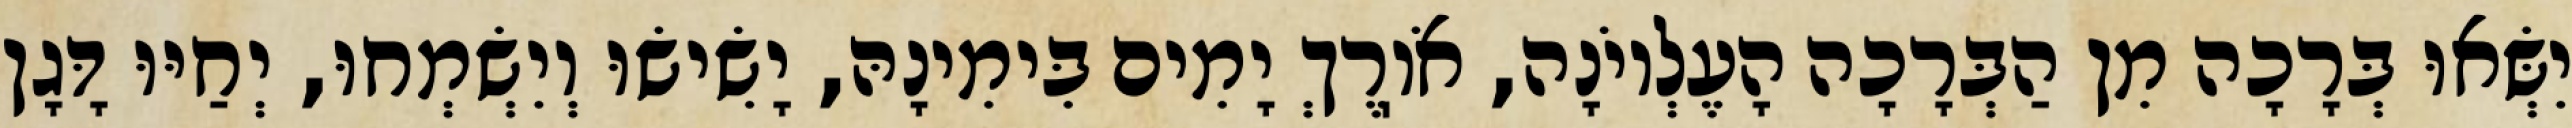
יִשְּׂאוּ בְּרָכָה מִן הַבְּרָכָה הָעֶלְיוֹנָה, אֹוֽרֶךְ יָמִים בִּימִינָהּ, יָשִׂישׂוּ וְיִשְׂמְחוּ, יְחַיּוּ דָּגָן